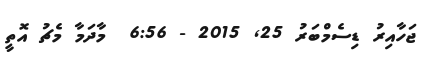
ޖަހާއިރު ޑިސެމްބަރު 25